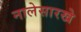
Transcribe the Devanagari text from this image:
नालेसारखे